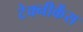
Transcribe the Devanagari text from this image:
टेक्नीकेंस